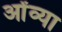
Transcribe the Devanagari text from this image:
ओंव्या